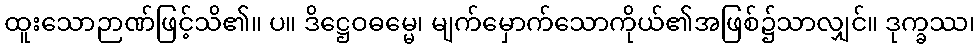
ထူးသောဉာဏ်ဖြင့်သိ၏။ ပ။ ဒိဋ္ဌေဝဓမ္မေ၊ မျက်မှောက်သောကိုယ်၏အဖြစ်၌သာလျှင်။ ဒုက္ခဿ၊